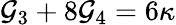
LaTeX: \mathcal{G}_{3}+8\mathcal{G}_{4}=6\kappa